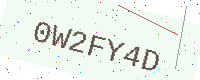
Text: 0W2FY4D